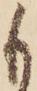
も